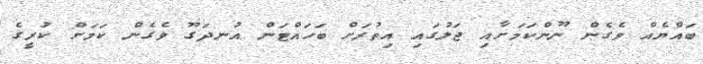
ބައްޔެއް ވެގެން ނޫންކަމަށާއި ޖަލުގައި އިތުރަށް ބަހައްޓަން އުނދަގޫ ވެގެން ކަމަށް ކުރީގެ